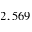
2 , 5 6 9